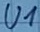
Text: U1